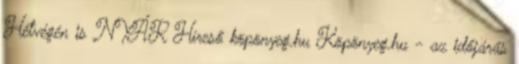
Hétvégén is NYÁR Híreső köpönyeg.hu Köpönyeg.hu - az időjárás